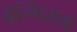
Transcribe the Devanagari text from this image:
बेल्गियम